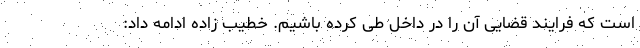
است که فرایند قضایی آن را در داخل طی کرده باشیم. خطیب زاده ادامه داد: